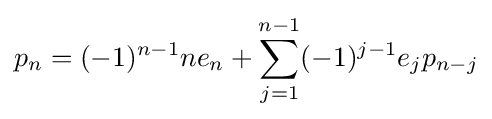
p_{n}=(-1)^{n-1}ne_{n}+\sum _{j=1}^{n-1}(-1)^{j-1}e_{j}p_{n-j}